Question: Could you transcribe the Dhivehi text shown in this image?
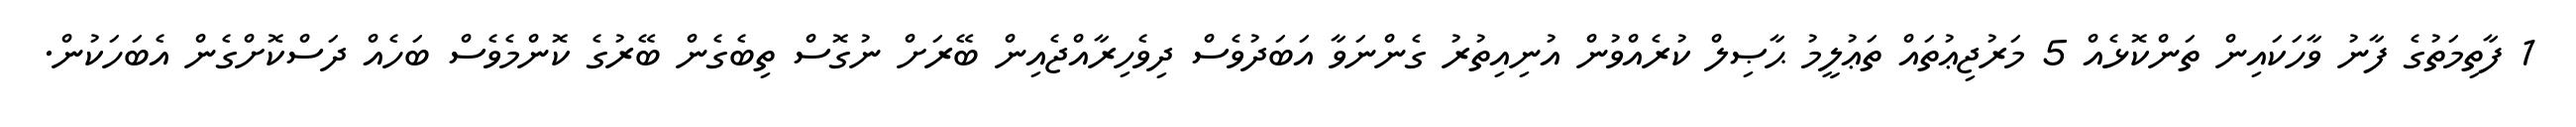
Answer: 1 ފާތިމަތުގެ ފާނު ވާހަކައިން ތަންކޮޅެއް 5 މަރުޖިޢުތައް ތަޢުލީމު ޙާޞިލް ކުރެއްވުން އުނިއިތުރު ގެންނަވާ އަބަދުވެސް ދިވެހިރާއްޖެއިން ބޭރަށް ނުގޮސް ތިބެގެން ބޭރުގެ ކޮންމެވެސް ބަހެއް ދަސްކޮށްގެން އެބަހަކުން.